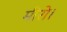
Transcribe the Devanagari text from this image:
मीरो।